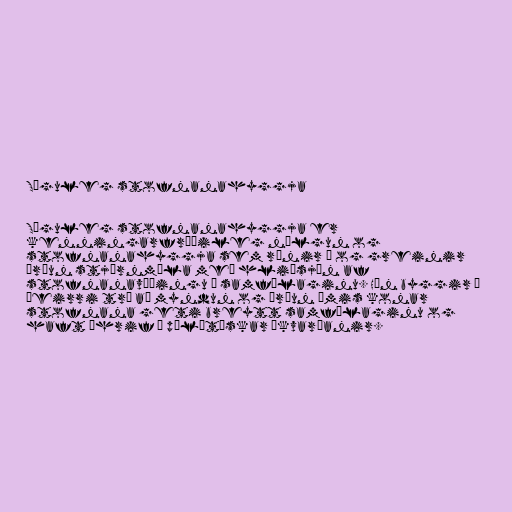
Söguleg stofnanahyggja

Söguleg stofnanahyggja er
kenningarfræðileg nálgun og
stofnanahyggja sem rýnir í og greinir
þróun stjórnmála með hliðsjón af
stofnanavæðingu í samfélaginu. Hún byggir á
þeirri trú að myndun og þróun ýmis konar
stofnana geti breytt samfélaginu og
haft áhrif á pólítískar ákvarðanir.